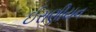
ઈરાણીયન